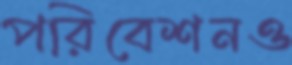
পরিবেশনও